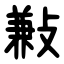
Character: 㪠